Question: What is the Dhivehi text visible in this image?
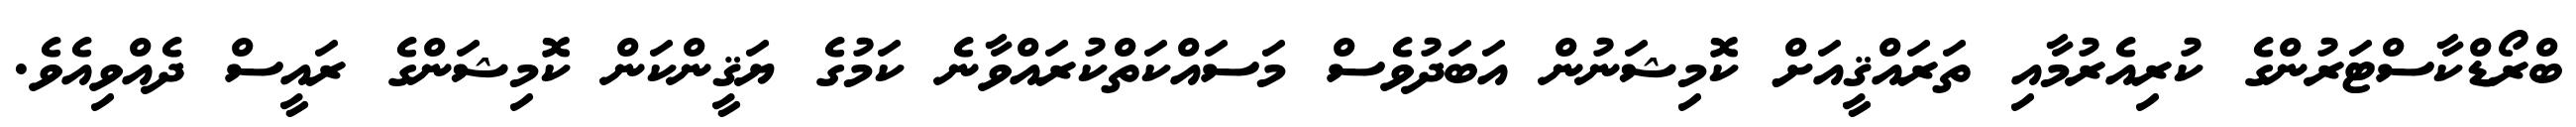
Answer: ބްރޯޑްކާސްޓަރުންގެ ކުރިއެރުމާއި ތަރައްޤީއަށް ކޮމިޝަނުން އަބަދުވެސް މަސައްކަތްކުރައްވާނެ ކަމުގެ ޔަޤީންކަން ކޮމިޝަންގެ ރައީސް ދެއްވިއެވެ.